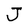
Character: J